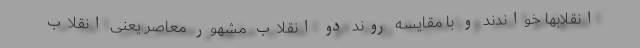
انقلابها خواندند و با مقایسه روند دو انقلاب مشهور معاصر یعنی انقلاب